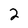
Character: 2